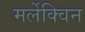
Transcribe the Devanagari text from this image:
मर्लेक्विन